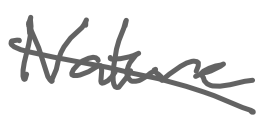
Text: Nature
Cross-out: diagonal
Writing tool: digital_gray